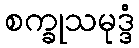
စက္ခုသမုဒ္ဒံ